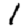
Digit: 1